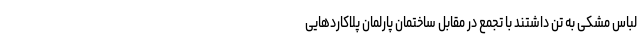
لباس مشکی به تن داشتند با تجمع در مقابل ساختمان پارلمان پلاکاردهایی